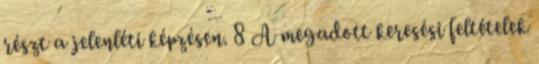
részt a jelenléti képzésen. 8 A megadott keresési feltételek